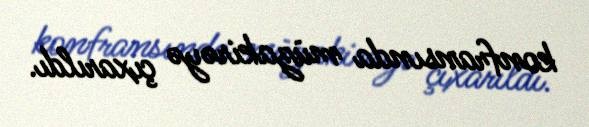
konfransında müzakirəyə çıxarıldı.